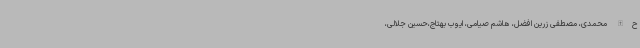
ح‌الله محمدی، مصطفی زرین افضل، هاشم صیامی، ایوب بهتاج،حسین جلالی،